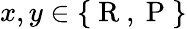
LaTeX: x,y\in\{ \mathrm{~R~},\mathrm{~P~}\}